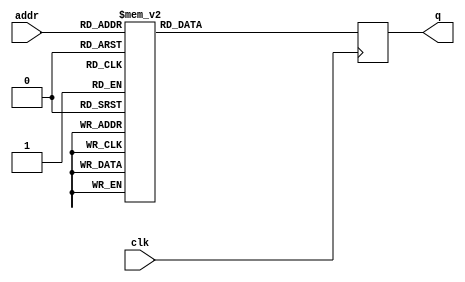
module blocks_pos_rom(	input clk,
						input [3:0] addr,
						output reg [18:0] q	);
						
	always @ (posedge clk)
	begin
	
	/*
	100	190	280	370	460	550	145	235
325	415	505	190	280	370	460	0
320	320	320	320	320	320	330	330
330	330	330	340	340	340	340	0 */
		case (addr)
			5'h0: q <= {10'd100,9'd320};
			5'h1: q <= {10'd190,9'd320};
			5'h2: q <= {10'd280,9'd320};
			5'h3: q <= {10'd370,9'd320};
			5'h4: q <= {10'd460,9'd320};
			5'h5: q <= {10'd550,9'd320};
			5'h6: q <= {10'd145,9'd330};
			5'h7: q <= {10'd235,9'd330};
			5'h8: q <= {10'd325,9'd330};
			5'h9: q <= {10'd415,9'd330};
			5'hA: q <= {10'd505,9'd330};
			5'hB: q <= {10'd190,9'd340};
			5'hC: q <= {10'd280,9'd340};
			5'hD: q <= {10'd370,9'd340};
			5'hE: q <= {10'd460,9'd340};
			5'hF: q <= {10'd0,9'd0};
		endcase
	end
						
endmodule